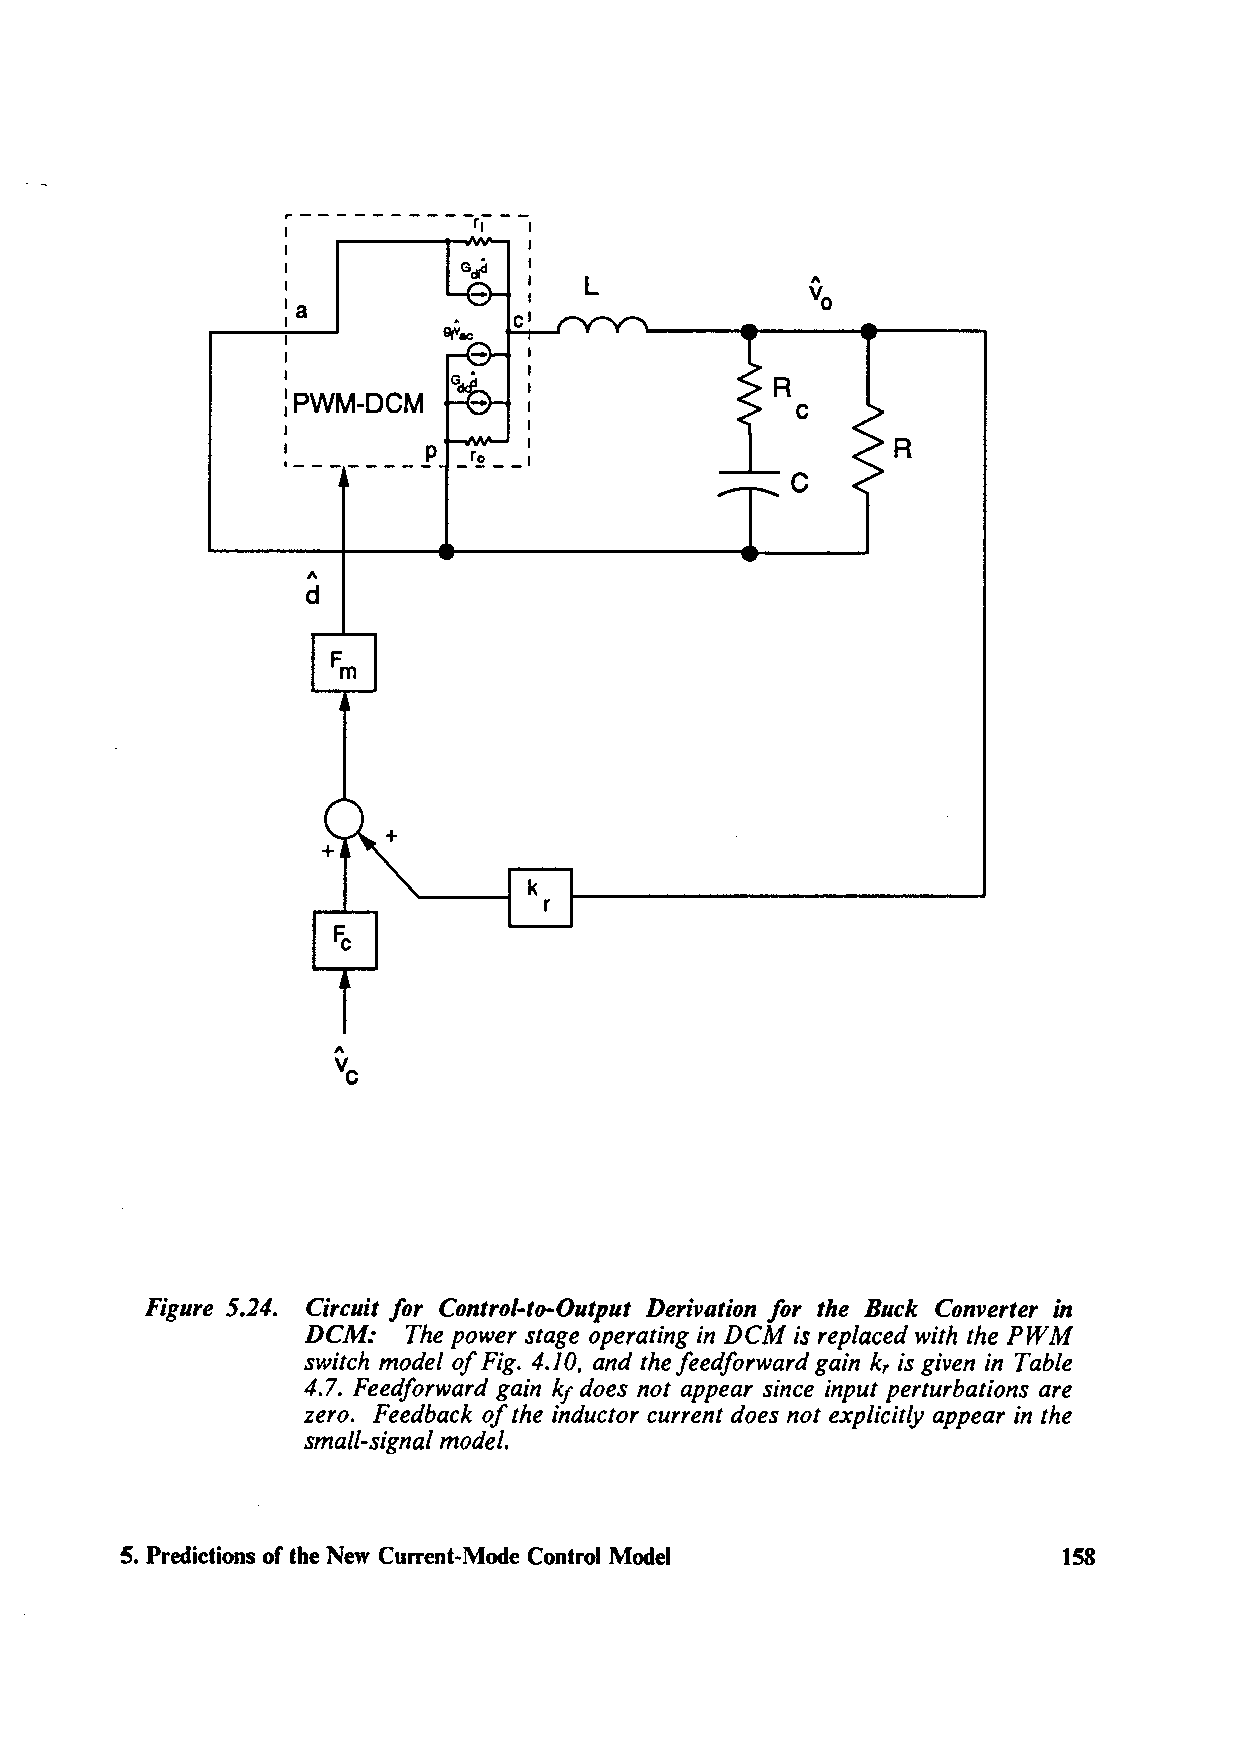
~           r1  I
 I               I
 I
 I               I   L
 'a
 I
 I
 :PWM-DCM
 I
 I        p      I                       R
 ·--------  _r~ - _I
 ,.
 d
 k
 r
 Figure 5.24. Circuit for Control-to-Output Derivation for the Buck Converter in
 DCM:   The power stage operating in DCM is replaced with the PWM
 switch model of Fig. 4.10, and the feedforward gain k, is given in Table
 4.7. Feedforward gain kJ does not appear since input perturbations are
 zero. Feedback of the inductor current does not explicitly appear in the
 small-signal model.
 S. Predictions of the New Current-Mode Control Model          158